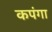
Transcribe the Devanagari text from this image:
कपंगा